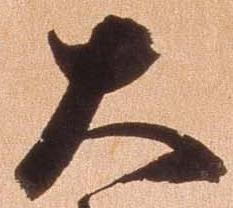
大